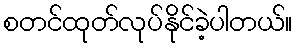
စတင်ထုတ်လုပ်နိုင်ခဲ့ပါတယ်။